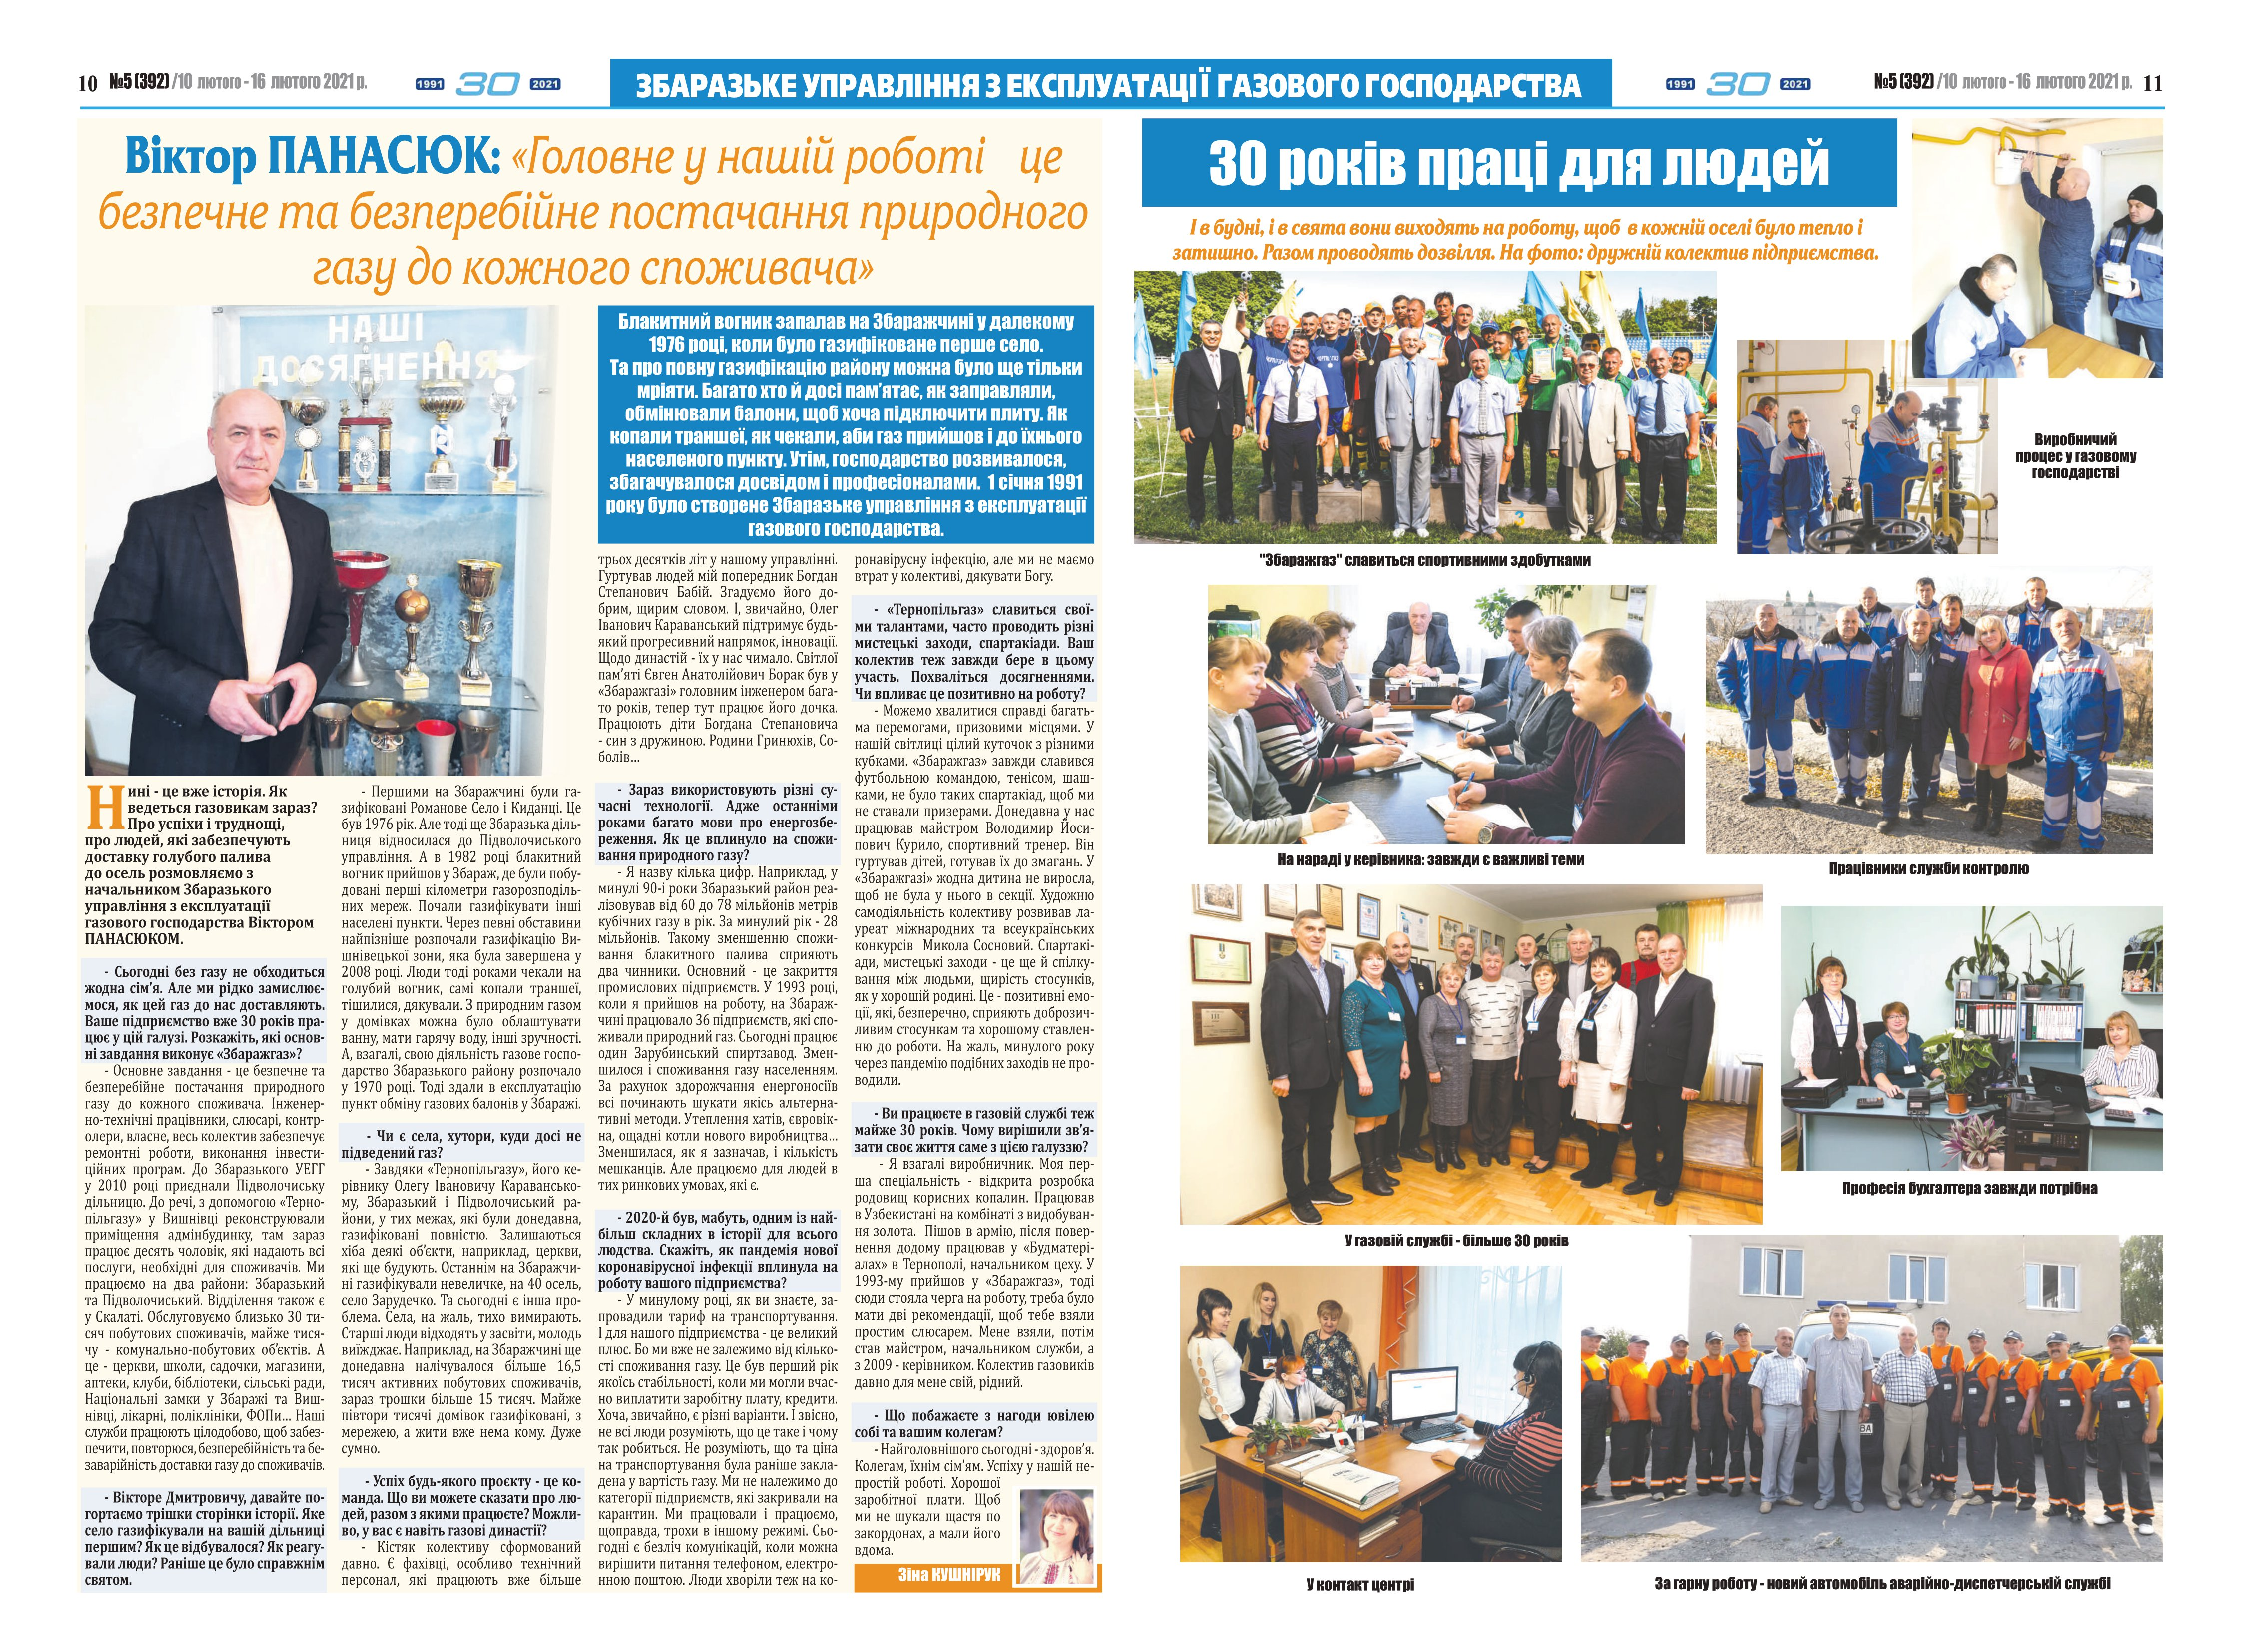
Language: uk